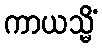
ကာယသ္မိံ